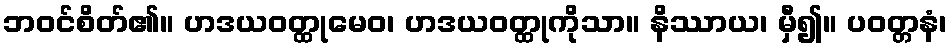
ဘဝင်စိတ်၏။ ဟဒယဝတ္ထုမေဝ၊ ဟဒယဝတ္ထုကိုသာ။ နိဿာယ၊ မှီ၍။ ပဝတ္တနံ၊